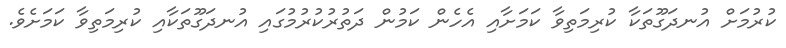
ކުރުމަށް އުނދަގޫތަކާ ކުރިމަތިވާ ކަމަށާއި އެހެން ކަމުން ދަތުރުކުރުމުގައި އުނދަގޫތަކާއި ކުރިމަތިވާ ކަމަށެވެ.